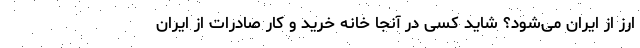
ارز از ایران می‌شود؟ شاید کسی در آنجا خانه خرید و کار صادرات از ایران